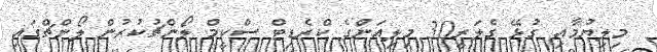
މިލިޔުމާއި ގުޅޭ ގެލަރީ30 މިލިއަންގެ ކްރެޑިޓް ސްކީމް ލޯންޗުކުރުން ލޯންޗްގައި